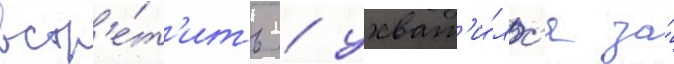
встр'е́т'ить / ухват'и́лс'я за́